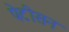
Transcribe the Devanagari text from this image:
पेटीसन